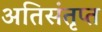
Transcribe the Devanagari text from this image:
अतिसंतृप्त